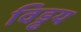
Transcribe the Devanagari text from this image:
विड्ढय